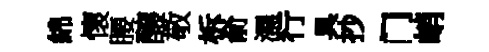
綿懷腰醸敬柝俞濕行具抄门峭